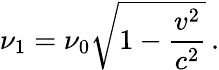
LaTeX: \nu_{1}=\nu_{0}{\sqrt{1-{\frac{v^{2}}{c^{2}}}}}\, .